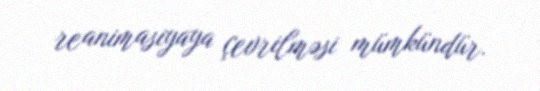
reanimasiyaya çevrilməsi mümkündür.